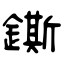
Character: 鐁